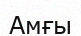
Амғы